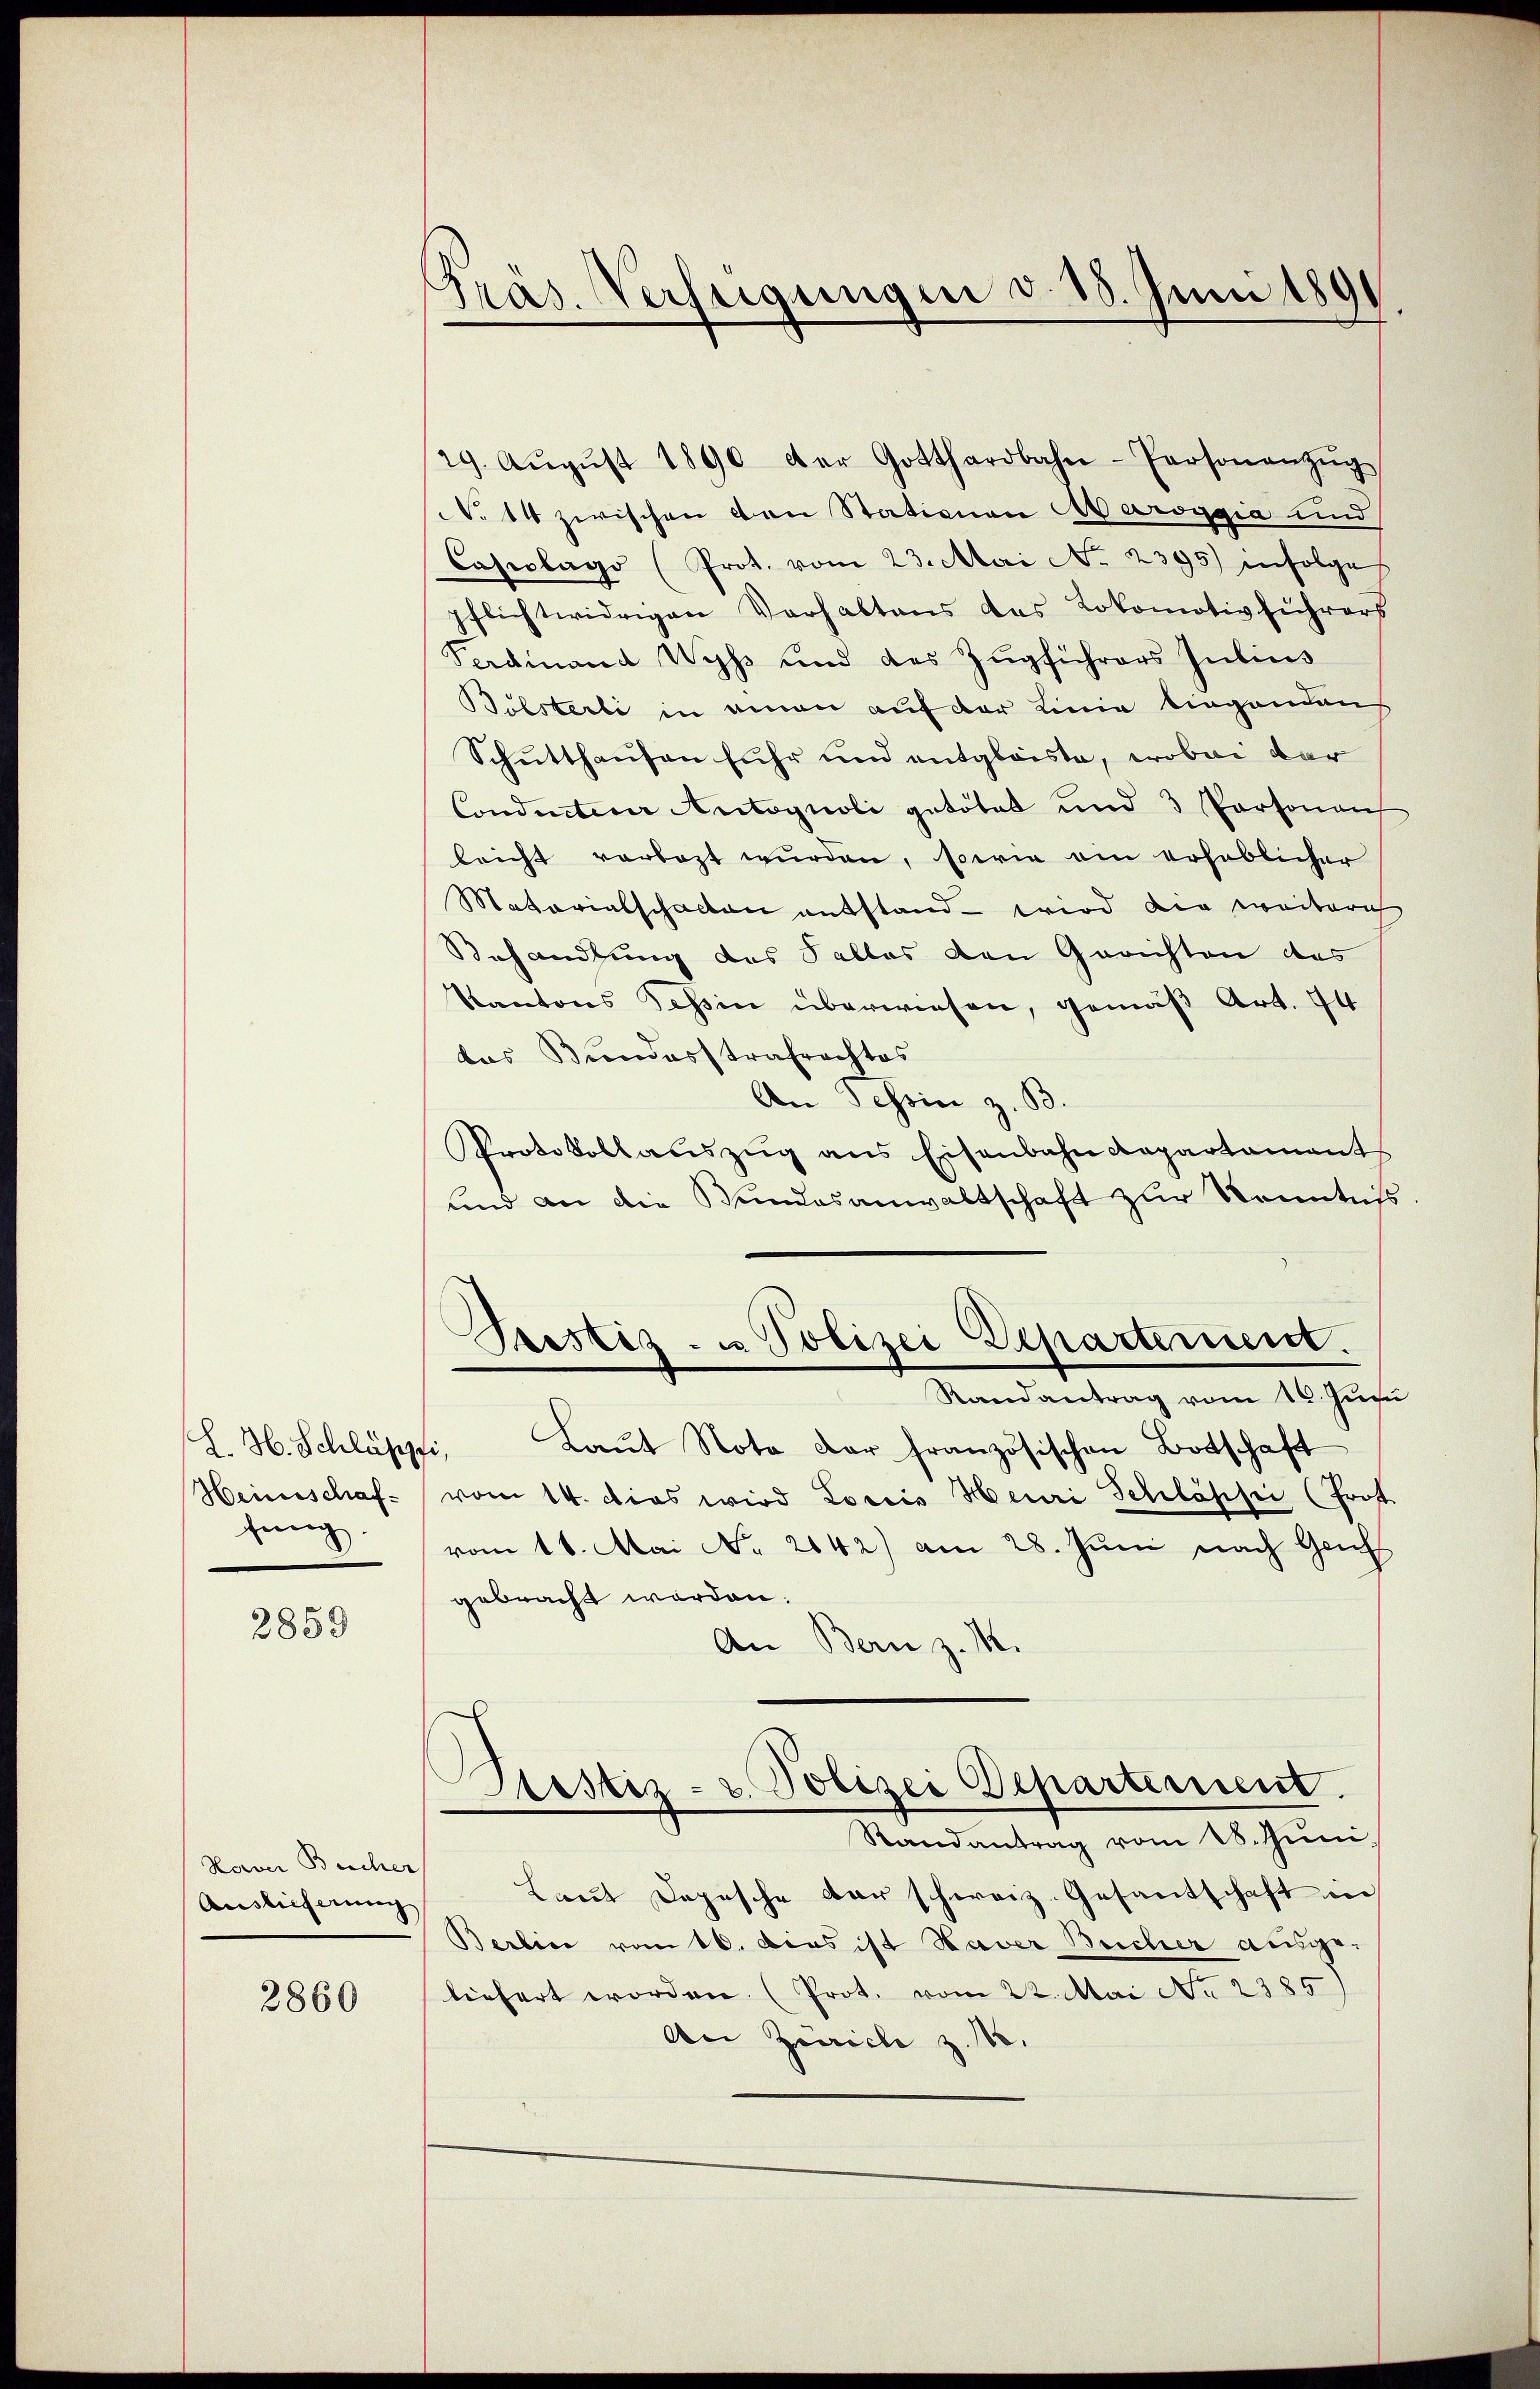
H. H. Schläppi,
Heinschaffung.

2859

Haver Bucher
Auslieferung

2860

Pras. Verfeigungen d. 13. Juni 1891

29. Aŭgŭst 1890 der Gotthardbahn-Personanzŭg
N. 14 zwischen von Stationen Maroggia und
Caseplago (Prot. vom 23. Mori No 2395) infolge
pflichtwidrigen Verhaltens das Lokomotivführers
Perdinand Wyss und des Zugführers Julius
Bölsterli in einen auf der Linie liegendens
Schutthausen fuhr und entgleiste, wobei dar
Conducteur Autognoli getötet und 3 Personen
leicht vorbezt wurden, sowie am erheblicher
Matarialschalten entstand - wird die weiterich
Behandlung des Falles den Gerichten des
Kantons Tessin überwiesen, gemäß Art. 74
das Bundesstrafrachtes
An Schein z. B.
Protokollaŭszŭg ans Eisenbahn Repartamant
und an die Bundesanwaltschaft zur Kenntniß
Trestiz- u Polizei Departement.
Randantrag vom 16. Juni
Laŭt Note der französischen Botschaft
vom 14. Dies wird Lociis Heuri Schlässi (Prot.
vom 16. Mai No 2042) am 28. Juni nach Geis
gebracht worden.
An Bern z. M.
.
Sistiz- u. Polizei Departement.
Randantrag vom 18. Juni.
Laŭt Depesche dar schweiz. Gesantschaft in
Berlin vom 16. Das ist Haver Bucher ausgeliefert worden. (Prot. vom 22. Mai No 2385)
An Zürich z. No.